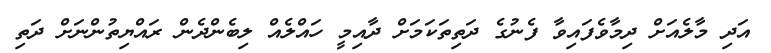
އަދި މާލެއަށް ދިމާވެފައިވާ ފެނުގެ ދަތިތަކަމަށް ދާއިމީ ހައްލެއް ލިބެންދެން ރައްޔިތުންނަށް ދަތި